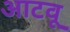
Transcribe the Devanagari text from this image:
आटवू